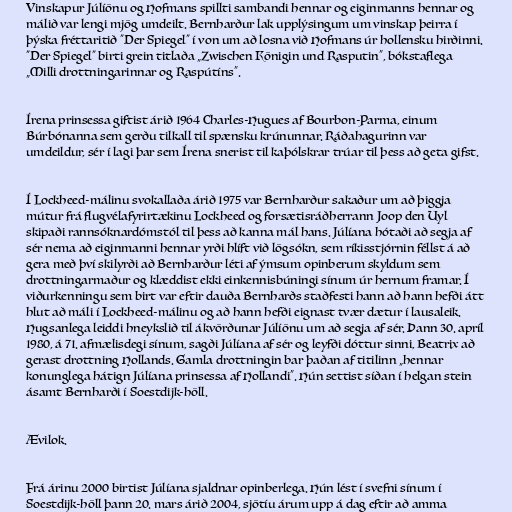
Vinskapur Júlíönu og Hofmans spillti sambandi hennar og eiginmanns hennar og
málið var lengi mjög umdeilt. Bernharður lak upplýsingum um vinskap þeirra í
þýska fréttaritið "Der Spiegel" í von um að losna við Hofmans úr hollensku hirðinni.
"Der Spiegel" birti grein titlaða „Zwischen Königin und Rasputin“, bókstaflega
„Milli drottningarinnar og Raspútíns“.

Írena prinsessa giftist árið 1964 Charles-Hugues af Bourbon-Parma, einum
Búrbónanna sem gerðu tilkall til spænsku krúnunnar. Ráðahagurinn var
umdeildur, sér í lagi þar sem Írena snerist til kaþólskrar trúar til þess að geta gifst.

Í Lockheed-málinu svokallaða árið 1975 var Bernharður sakaður um að þiggja
mútur frá flugvélafyrirtækinu Lockheed og forsætisráðherrann Joop den Uyl
skipaði rannsóknardómstól til þess að kanna mál hans. Júlíana hótaði að segja af
sér nema að eiginmanni hennar yrði hlíft við lögsókn, sem ríkisstjórnin féllst á að
gera með því skilyrði að Bernharður léti af ýmsum opinberum skyldum sem
drottningarmaður og klæddist ekki einkennisbúningi sínum úr hernum framar. Í
viðurkenningu sem birt var eftir dauða Bernharðs staðfesti hann að hann hefði átt
hlut að máli í Lockheed-málinu og að hann hefði eignast tvær dætur í lausaleik.
Hugsanlega leiddi hneykslið til ákvörðunar Júlíönu um að segja af sér. Þann 30. apríl
1980, á 71. afmælisdegi sínum, sagði Júlíana af sér og leyfði dóttur sinni, Beatrix að
gerast drottning Hollands. Gamla drottningin bar þaðan af titilinn „hennar
konunglega hátign Júlíana prinsessa af Hollandi“. Hún settist síðan í helgan stein
ásamt Bernharði í Soestdijk-höll.

Ævilok.

Frá árinu 2000 birtist Júlíana sjaldnar opinberlega. Hún lést í svefni sínum í
Soestdijk-höll þann 20. mars árið 2004, sjötíu árum upp á dag eftir að amma